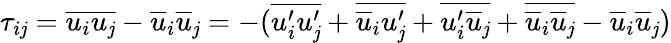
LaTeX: \tau_{i\mathit{j}}=\overline{{{u_{i}u_{\mathit{j}}}}}-\overline{{{u}}}_{i}\overline{{{u}}}_{\mathit{j}}=-(\overline{{{u_{i}^{\prime}u_{\mathit{j}}^{\prime}}}}+\overline{{{\overline{{{u}}}_{i}u_{\mathit{j}}^{\prime}}}}+\overline{{{u_{i}^{\prime}\overline{{{u}}}_{\mathit{j}}}}}+\overline{{{\overline{{{u}}}_{i}\overline{{{u}}}_{\mathit{j}}}}}-\overline{{{u}}}_{i}\overline{{{u}}}_{\mathit{j}})